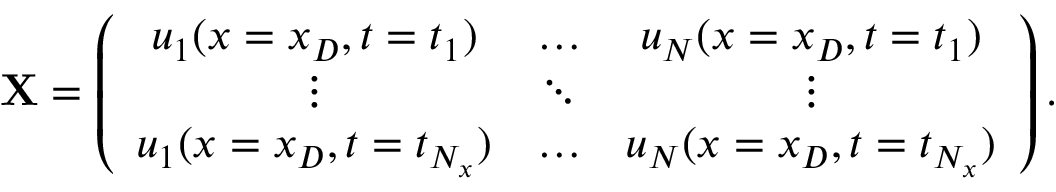
\mathbf { X } = \left( \begin{array} { c c c } { u _ { 1 } ( x = x _ { D } , t = t _ { 1 } ) } & { \dots } & { u _ { N } ( x = x _ { D } , t = t _ { 1 } ) } \\ { \vdots } & { \ddots } & { \vdots } \\ { u _ { 1 } ( x = x _ { D } , t = t _ { N _ { x } } ) } & { \dots } & { u _ { N } ( x = x _ { D } , t = t _ { N _ { x } } ) } \end{array} \right) .